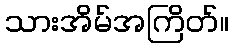
သားအိမ်အကြိတ်။